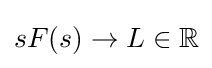
sF(s)\to L\in \mathbb {R}